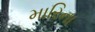
મારિના